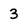
Character: 3